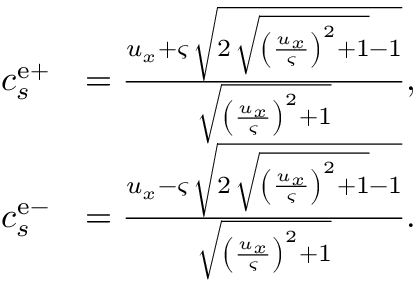
\begin{array} { r l } { c _ { s } ^ { \mathrm { e + } } } & { = \frac { u _ { x } + \varsigma \, \sqrt { 2 \, \sqrt { { \left( \frac { u _ { x } } { \varsigma } \right) } ^ { 2 } + 1 } - 1 } } { \sqrt { { \left( \frac { u _ { x } } { \varsigma } \right) } ^ { 2 } + 1 } } , } \\ { c _ { s } ^ { \mathrm { e - } } } & { = \frac { u _ { x } - \varsigma \, \sqrt { 2 \, \sqrt { { \left( \frac { u _ { x } } { \varsigma } \right) } ^ { 2 } + 1 } - 1 } } { \sqrt { { \left( \frac { u _ { x } } { \varsigma } \right) } ^ { 2 } + 1 } } . } \end{array}